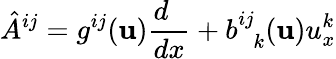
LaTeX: {\hat{A}}^{ij}=g^{ij}({\mathbf u}){\frac{d\phantom{x}}{dx}}+b_{\phantom{ij}k}^{ij}({\mathbf u})u_{x}^{k}